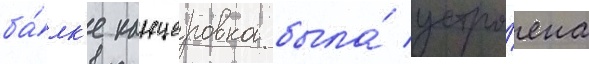
ба́лк'е канцеровка была́ устро́ена